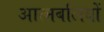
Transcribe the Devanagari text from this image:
आत्मबलियों